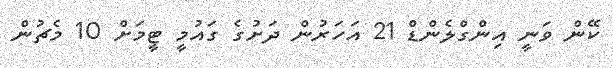
ކޭން ވަނީ އިންގްލެންޑް 21 އަހަރުން ދަށުގެ ގައުމީ ޓީމަށް 10 މެޗުން